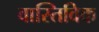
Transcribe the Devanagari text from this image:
वास्तिविक